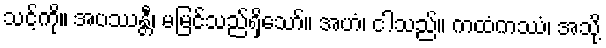
သင့်ကို။ အပဿန္တီ၊ မမြင်သည်ရှိသော်။ အဟံ၊ ငါသည်။ ကထံကဿံ၊ အသို့